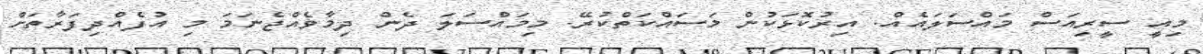
މިއީ ސީރިއަސް މައްސަލައެއް. އިރުކޮޅަކުން މަސައްކަތްކުރޭ. މިމައްސަލަ ދެން ދިމާވެއްޖެނަމަ މި އުފެއްދިފަރާތަށް